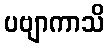
ပဗျာကာသိ